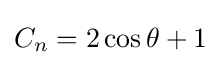
C_{n}=2\cos \theta +1